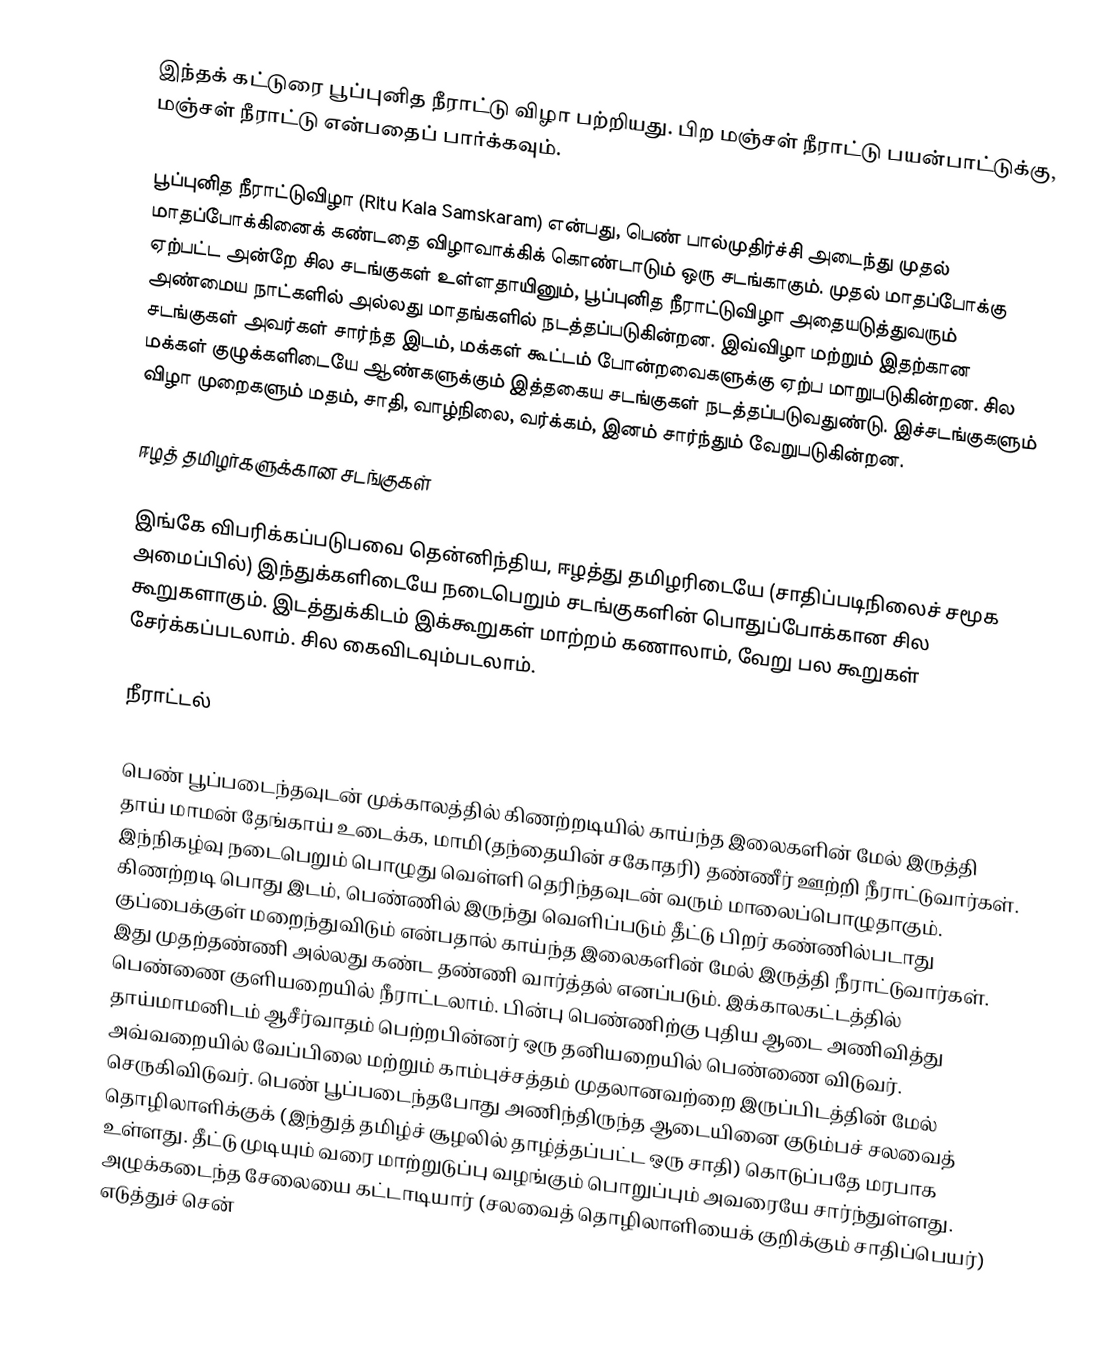
இந்தக் கட்டுரை பூப்புனித நீராட்டு விழா பற்றியது. பிற மஞ்சள் நீராட்டு பயன்பாட்டுக்கு, மஞ்சள் நீராட்டு என்பதைப் பார்க்கவும்.

பூப்புனித நீராட்டுவிழா (Ritu Kala Samskaram) என்பது, பெண் பால்முதிர்ச்சி அடைந்து முதல் மாதப்போக்கினைக் கண்டதை விழாவாக்கிக் கொண்டாடும் ஒரு சடங்காகும். முதல் மாதப்போக்கு ஏற்பட்ட அன்றே சில சடங்குகள் உள்ளதாயினும், பூப்புனித நீராட்டுவிழா அதையடுத்துவரும் அண்மைய நாட்களில் அல்லது மாதங்களில் நடத்தப்படுகின்றன. இவ்விழா மற்றும் இதற்கான சடங்குகள் அவர்கள் சார்ந்த இடம், மக்கள் கூட்டம் போன்றவைகளுக்கு ஏற்ப  மாறுபடுகின்றன. சில மக்கள் குழுக்களிடையே ஆண்களுக்கும் இத்தகைய சடங்குகள் நடத்தப்படுவதுண்டு. இச்சடங்குகளும் விழா முறைகளும் மதம், சாதி, வாழ்நிலை, வர்க்கம், இனம் சார்ந்தும் வேறுபடுகின்றன.

ஈழத் தமிழர்களுக்கான சடங்குகள்

இங்கே விபரிக்கப்படுபவை தென்னிந்திய, ஈழத்து தமிழரிடையே (சாதிப்படிநிலைச் சமூக அமைப்பில்)  இந்துக்களிடையே நடைபெறும் சடங்குகளின் பொதுப்போக்கான சில கூறுகளாகும். இடத்துக்கிடம் இக்கூறுகள் மாற்றம் கணாலாம், வேறு பல கூறுகள் சேர்க்கப்படலாம். சில கைவிடவும்படலாம்.

நீராட்டல்

பெண் பூப்படைந்தவுடன் முக்காலத்தில் கிணற்றடியில் காய்ந்த இலைகளின் மேல் இருத்தி தாய் மாமன் தேங்காய் உடைக்க, மாமி(தந்தையின் சகோதரி) தண்ணீர் ஊற்றி நீராட்டுவார்கள். இந்நிகழ்வு நடைபெறும் பொழுது வெள்ளி தெரிந்தவுடன் வரும் மாலைப்பொழுதாகும். கிணற்றடி பொது இடம், பெண்ணில் இருந்து வெளிப்படும் தீட்டு பிறர் கண்ணில்படாது குப்பைக்குள் மறைந்துவிடும் என்பதால் காய்ந்த இலைகளின் மேல் இருத்தி நீராட்டுவார்கள். இது முதற்தண்ணி அல்லது கண்ட தண்ணி வார்த்தல் எனப்படும். இக்காலகட்டத்தில் பெண்ணை குளியறையில் நீராட்டலாம். பின்பு பெண்ணிற்கு புதிய ஆடை அணிவித்து தாய்மாமனிடம் ஆசீர்வாதம் பெற்றபின்னர் ஒரு தனியறையில் பெண்ணை விடுவர். அவ்வறையில் வேப்பிலை மற்றும் காம்புச்சத்தம் முதலானவற்றை இருப்பிடத்தின் மேல் செருகிவிடுவர். பெண் பூப்படைந்தபோது அணிந்திருந்த ஆடையினை குடும்பச் சலவைத் தொழிலாளிக்குக் (இந்துத் தமிழ்ச் சூழலில் தாழ்த்தப்பட்ட ஒரு சாதி) கொடுப்பதே மரபாக உள்ளது. தீட்டு முடியும் வரை மாற்றுடுப்பு வழங்கும் பொறுப்பும் அவரையே சார்ந்துள்ளது. அழுக்கடைந்த சேலையை கட்டாடியார் (சலவைத் தொழிலாளியைக் குறிக்கும் சாதிப்பெயர்)  எடுத்துச் சென்